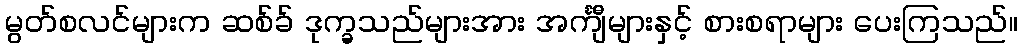
မွတ်စလင်များက ဆစ်ခ် ဒုက္ခသည်များအား အင်္ကျီများနှင့် စားစရာများ ပေးကြသည်။